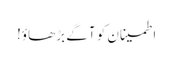
اطمینان کو آگے بڑھاؤ!